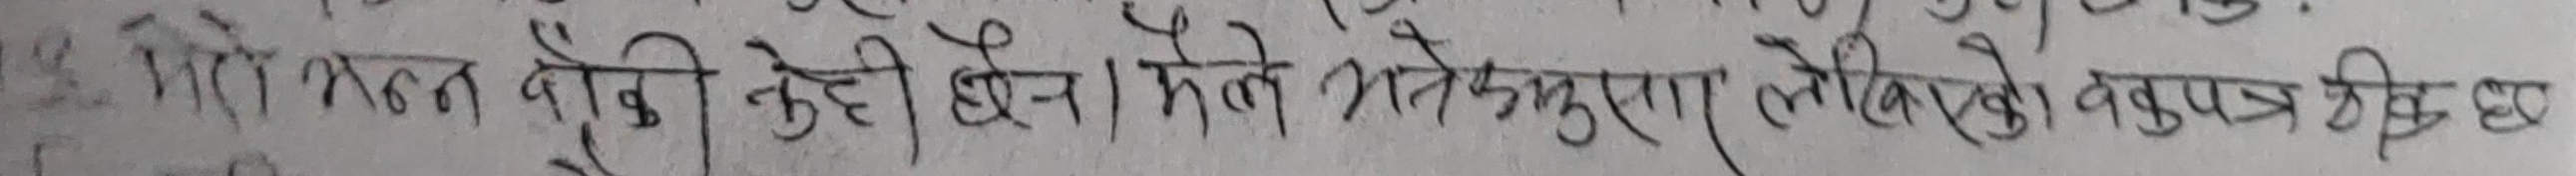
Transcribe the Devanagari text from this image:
गिरि भक्त वेदी केही छैन । मैले भने अनुसार लेखिएको कुरुपत्र ठीक छ।